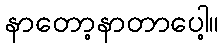
နာတော့နာတာပေါ့။